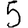
Digit: 5